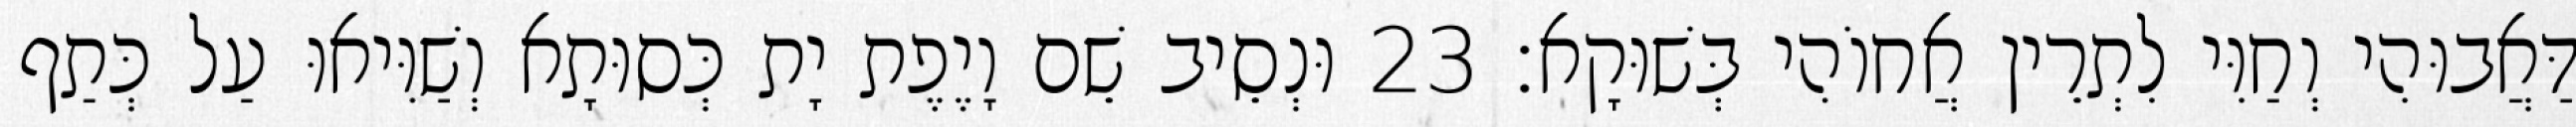
דַּאֲבוּהִי וְחַוִּי לִתְרֵין אֲחוֹהִי בְּשׁוּקָא׃ 23 וּנְסֵיב שֵׁם וָיֶפֶת יָת כְּסוּתָא וְשַׁוִּיאוּ עַל כְּתַף